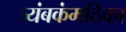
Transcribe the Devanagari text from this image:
त्र्यंबकंमठिका